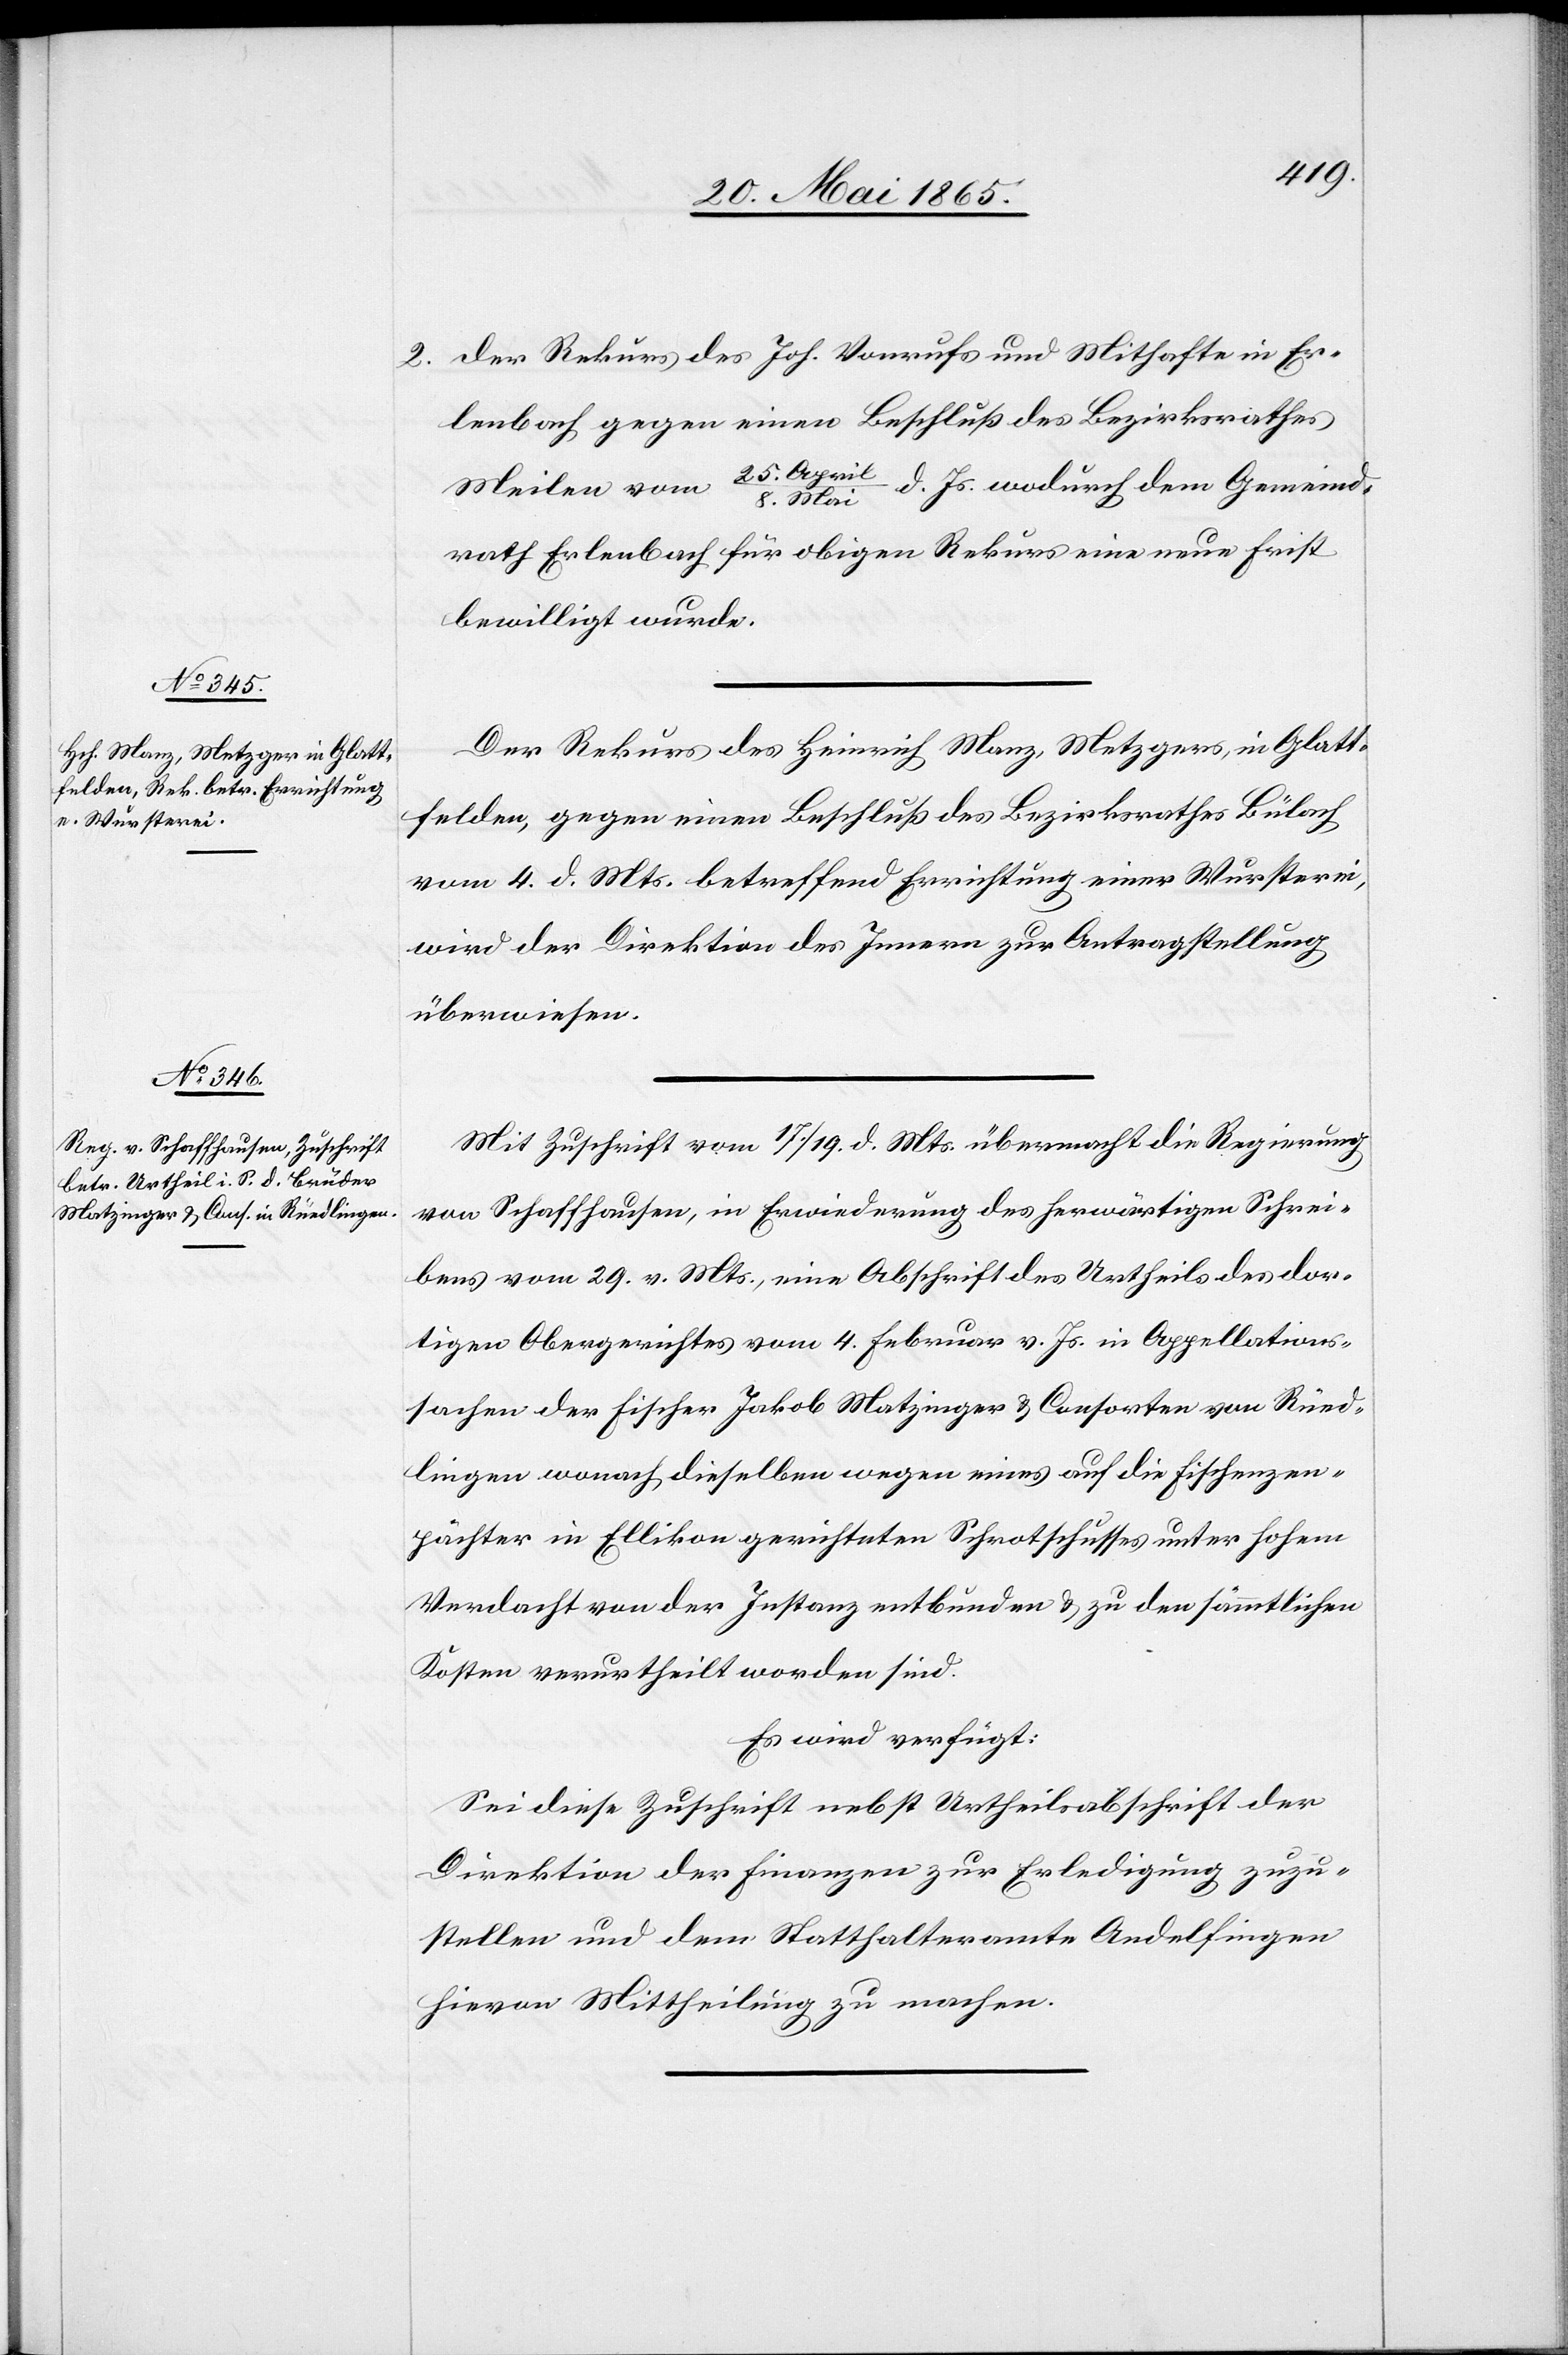
22. Mai 1865.]
2. Der Rekurs des Joh. Vonrufs und Mithafte in Er¬
lenbach gegen einen Beschluß des Bezirksrathes
Meilen vom 25. April/8. Mai d. Js. wodurch dem Gemeind¬
rath Erlenbach für obigen Rekurs eine neue Frist
bewilligt wurde.
Der Rekurs des Heinrich Manz, Metzgers, in Glatt¬
felden, gegen einen Beschluß des Bezirksrathes Bülach
vom 4. d. Mts. betreffend Errichtung einer Wursterei,
wird der Direktion des Innern zur Antragstellung
überwiesen.
Mit Zuschrift vom 17./19. d. Mts. übermacht die Regierung
von Schaffhausen, in Erwiederung des herwärtigen Schrei¬
bens vom 29. v. Mts., eine Abschrift des Urtheils des dor¬
tigen Obergerichtes vom 4. Februar v. Js. in Appellations¬
sachen der Fischer Jakob Matzinger & Consorten von Rüed¬
lingen wonach dieselben wegen eines auf die Fischenzen¬
pächter in Ellikon gerichteten Schrotschusses unter hohem
Verdacht von der Instanz entbunden & zu den sämmtlichen
Kosten verurtheilt worden sind.
Es wird verfügt:
Sei diese Zuschrift nebst Urtheilsabschrift der
Direktion der Finanzen zur Erledigung zuzu¬
stellen und dem Statthalteramte Andelfingen
hievon Mittheilung zu machen.